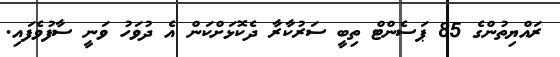
ރައްޔިތުންގެ 85 ޕަސެންޓް ތިބީ ސަރުކާރާ ދެކޮޅަށްކަން އެ ދުވަހު ވަނީ ސާފުވެފައި.